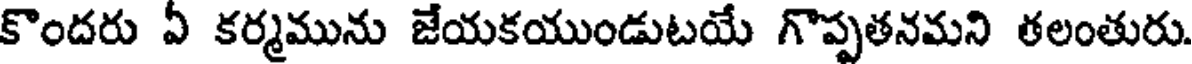
కొందరు ఏ కర్మమును జేయకయుండుటయే గొప్పతనమని తలంతురు.